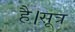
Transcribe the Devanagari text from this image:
है।सूत्र